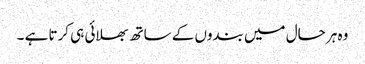
وہ ہر حال میں بندوں کے ساتھ بھلائی ہی کرتا ہے ۔